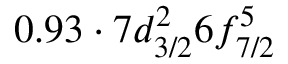
0 . 9 3 \cdot 7 d _ { 3 / 2 } ^ { 2 } 6 f _ { 7 / 2 } ^ { 5 }